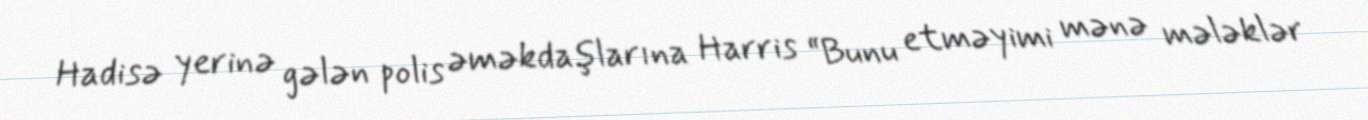
Hadisə yerinə gələn polis əməkdaşlarına Harris “Bunu etməyimi mənə mələklər